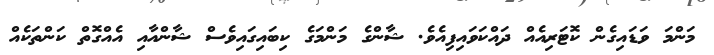
މަންމަ ވަޑައިގެން ކޮޓަރިއެއް ދައްކަވައިފިއެވެ. ޝާންގެ މަންމަގެ ކިބައިގައިވެސް ޝާންއާއި އެއްގޮތް ކަންތަކެއް